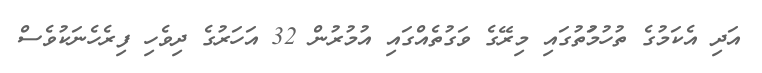
އަދި އެކަމުގެ ތުހުމުަތުގައި މިރޭގެ ވަގުތެއްގައި އުމުރުން 32 އަހަރުގެ ދިވެހި ފިރެހެނަކުވެސް